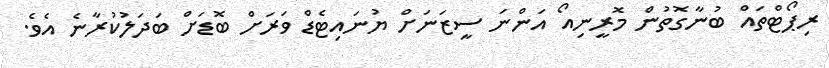
ރިޕޯޓްތައް ބުނާގޮތުން މޮރީނިއޯ އަންނަ ސީޒަނަށް ޔުނައިޓެޑް ވަރަށް ބޮޑަށް ބަދަލުކުރާނެ އެވެ.